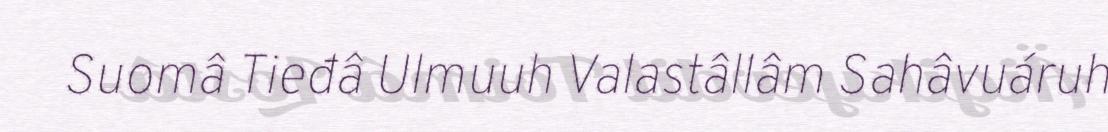
Suomâ Tieđâ Ulmuuh Valastâllâm Sahâvuáruh